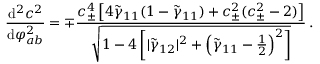
\frac { \mathrm { d } ^ { 2 } c ^ { 2 } } { \mathrm { d } \varphi _ { a b } ^ { 2 } } = \mp \frac { c _ { \pm } ^ { 4 } \left[ 4 \tilde { \gamma } _ { 1 1 } ( 1 - \tilde { \gamma } _ { 1 1 } ) + c _ { \pm } ^ { 2 } ( c _ { \pm } ^ { 2 } - 2 ) \right] } { \sqrt { 1 - 4 \left[ | \tilde { \gamma } _ { 1 2 } | ^ { 2 } + \left( \tilde { \gamma } _ { 1 1 } - \frac { 1 } { 2 } \right) ^ { 2 } \right] } } \, .